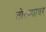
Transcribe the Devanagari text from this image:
तोरण्यावर